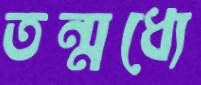
তন্মধ্যে